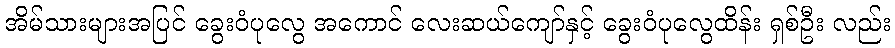
အိမ်သားများအပြင် ခွေးဝံပုလွေ အကောင် လေးဆယ်ကျော်နှင့် ခွေးဝံပုလွေထိန်း ရှစ်ဦး လည်း